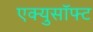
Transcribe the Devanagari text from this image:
एक्युसॉफ्ट